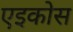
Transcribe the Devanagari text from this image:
एइकोस